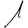
Digit: 1